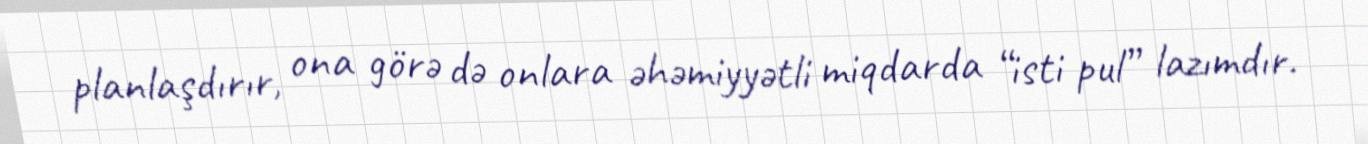
planlaşdırır, ona görə də onlara əhəmiyyətli miqdarda “isti pul” lazımdır.